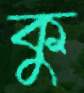
কু